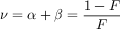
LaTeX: \nu = \alpha + \beta = { \frac { 1 - F } { F } }